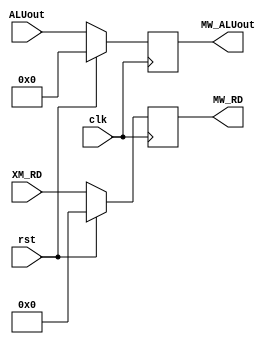
`timescale 1ns/1ps

module MEMORY(
	clk,
	rst,
	ALUout,
	XM_RD,
	
	MW_ALUout,
	MW_RD
);
input clk, rst;
input [31:0] ALUout;
input [4:0] XM_RD;

output reg [31:0] MW_ALUout;
output reg [4:0] MW_RD;

//data memory
reg [31:0] DM [0:127];
/*
//always store word to data memory
always @(posedge clk)
  if(XM_MemWrite)
    DM[ALUout[6:0]] <= XM_MD;
*/

//send to Dst REG: "load word from data memory" or  "ALUout"
always @(posedge clk)
begin
  if(rst)
    begin
	  MW_ALUout	<=	32'b0;
	  MW_RD		<=	5'b0;
	end
  else
    begin
	  MW_ALUout	<=	ALUout;
	  MW_RD		<=	XM_RD;
	end
end

endmodule